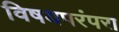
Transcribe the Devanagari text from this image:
विषयपरंपरा